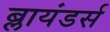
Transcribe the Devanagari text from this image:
ब्लायंडर्स